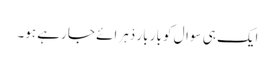
ایک ہی سوال کو بار بار دْہرائے جا رہے ہو۔